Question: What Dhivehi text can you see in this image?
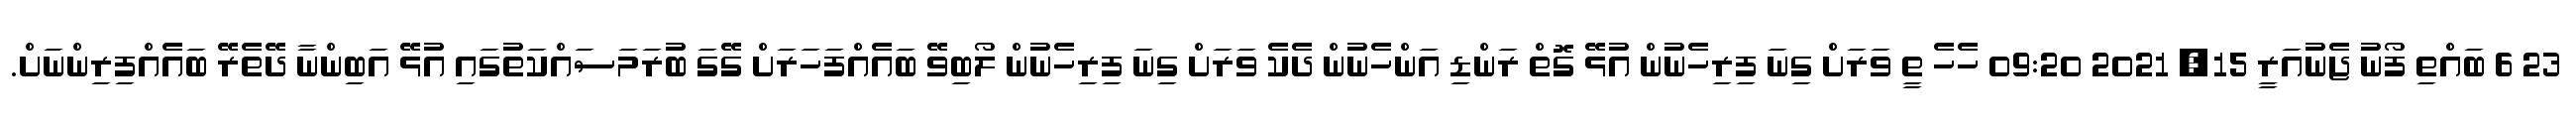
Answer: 23 6 ބައްތި ފޯނު ޖެނުއަރީ 15, 2021 09:20 ހެހެ ތީ ވަރަށް ގިނަ ފިރިހެނުން އުޅޭ ގޮތް ރަންޑި އަންހެނުން ދެކެ ވަރަށް ގިނަ ފިރިހެނުން ލޯބިވޭ ބައެއްފަހަރަށް ގޭގަ ބުރަމަސައްކަތުގައި އުޅޭ އަބިންނާ ދޭތެރޭ ބައެއްފިރިންނަށް.